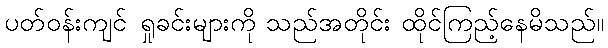
ပတ်ဝန်းကျင် ရှုခင်းများကို သည်အတိုင်း ထိုင်ကြည့်နေမိသည်။